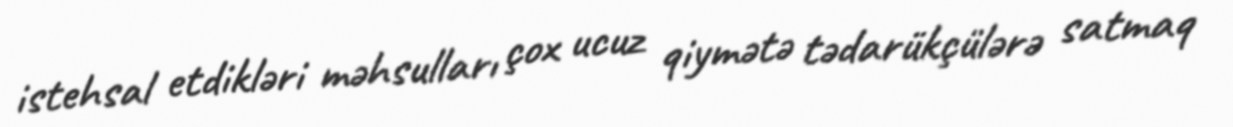
istehsal etdikləri məhsulları çox ucuz qiymətə tədarükçülərə satmaq